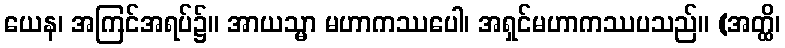
ယေန၊ အကြင်အရပ်၌။ အာယသ္မာ မဟာကဿပေါ၊ အရှင်မဟာကဿပသည်။ (အတ္ထိ၊